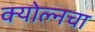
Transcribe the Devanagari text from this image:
क्योल्नचा